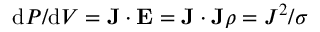
\mathrm { d } P / \mathrm { d } V = \mathbf { J } \cdot \mathbf { E } = \mathbf { J } \cdot \mathbf { J } \rho = J ^ { 2 } / \sigma